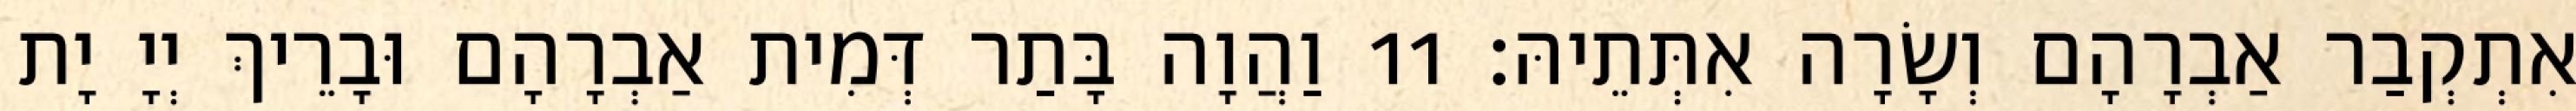
אִתְקְבַר אַבְרָהָם וְשָׂרָה אִתְּתֵיהּ׃ 11 וַהֲוָה בָּתַר דְּמִית אַבְרָהָם וּבָרֵיךְ יְיָ יָת